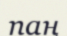
паң